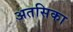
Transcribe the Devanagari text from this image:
अतसिका